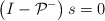
\begin{align*}\left(I-\mathcal{P}^-\right) s=0 \end{align*}